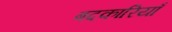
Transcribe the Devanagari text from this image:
बदकारियाँ